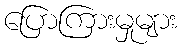
ပြောကြားမှုများ